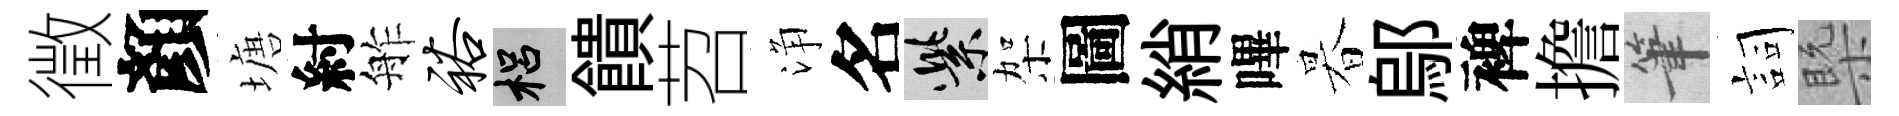
徵顏塘紂舴裕梠饋苕浄名紫架圖綃嗶暮鄔裨擔筆詞槩